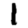
Digit: 1